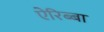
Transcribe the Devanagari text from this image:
ऐरिब्बा